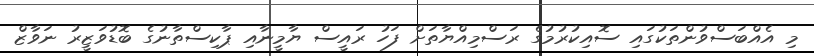
މި އެއްބަސްވުންތަކުގައި ސޮއިކުރުމުގެ ރަސްމިއްޔާތަށް ފަހު ރައީސް ޔާމީނާއި ޕާކިސްތާނުގެ ބޮޑުވަޒީރު ނަވާޒް